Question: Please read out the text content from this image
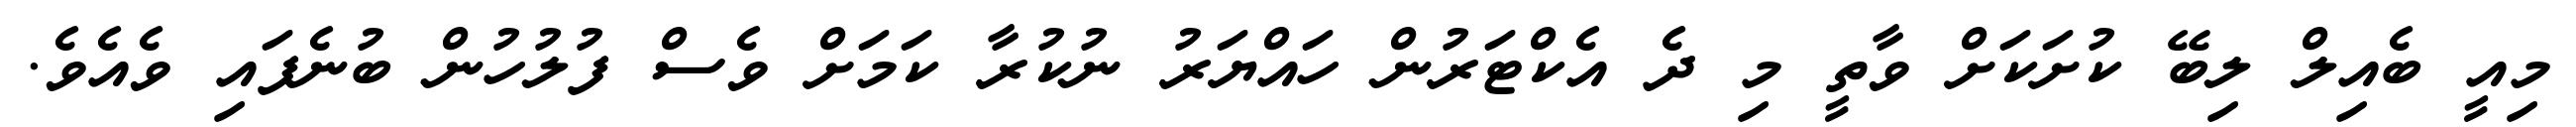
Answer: މިއީ ބެއިލް ލިބޭ ކުށަކަށް ވާތީ މި ދެ އެކްޓަރުން ހައްޔަރު ނުކުރާ ކަމަށް ވެސް ފުލުހުން ބުނެފައި ވެއެވެ.